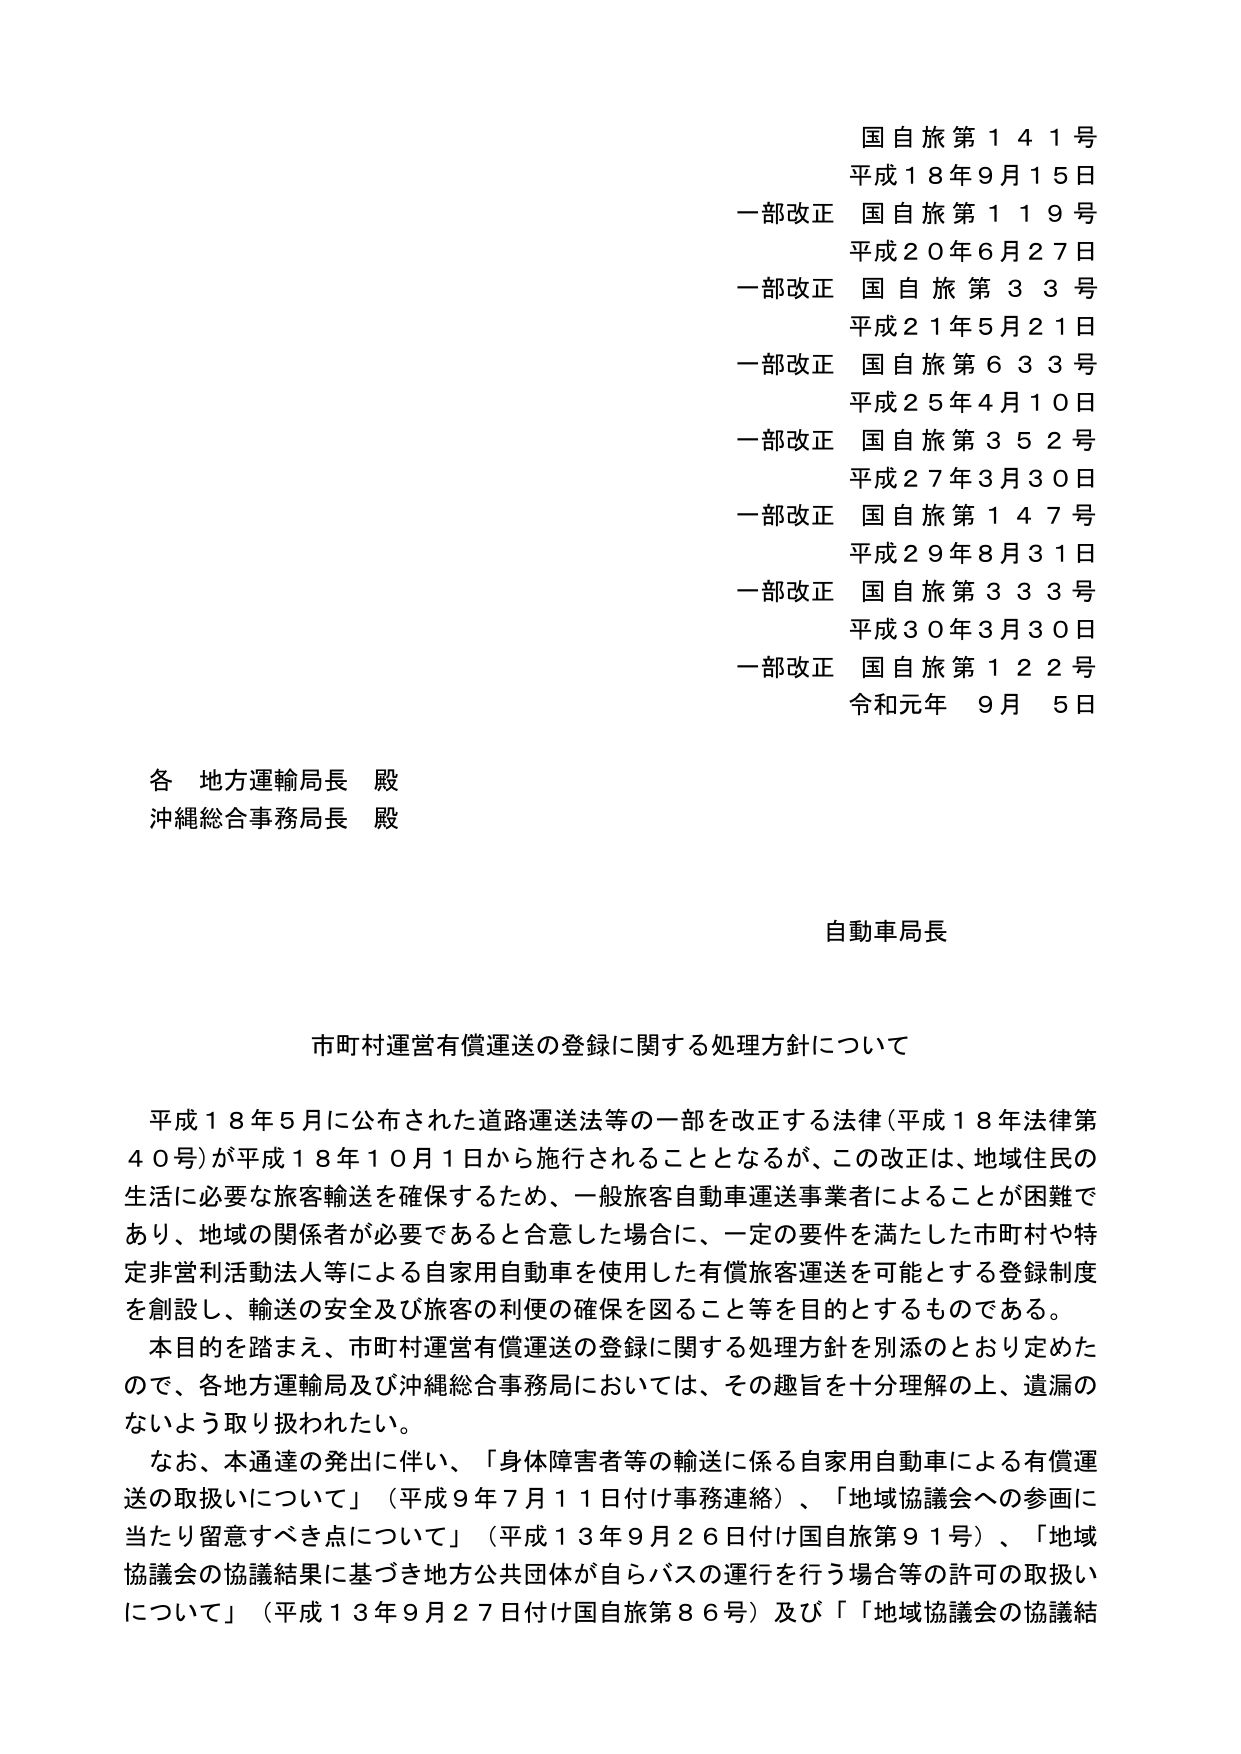
国自旅第141号
平成18年9月15日
一部改正 国自旅第119号
平成20年6月27日
一部改正 国自旅第33号
平成21年5月21日
一部改正 国自旅第633号
平成25年4月10日
一部改正 国自旅第352号
平成27年3月30日
一部改正 国自旅第147号
平成29年8月31日
一部改正 国自旅第333号
平成30年3月30日
一部改正 国自旅第122号
令和元年 9月 5日

各 地方運輸局長 殿
沖縄総合事務局長 殿

自動車局長

市町村運営有償運送の登録に関する処理方針について

平成18年5月に公布された道路運送法等の一部を改正する法律（平成18年法律第40号）が平成18年10月1日から施行されることとなるが、この改正は、地域住民の生活に必要な旅客輸送を確保するため、一般旅客自動車運送事業者によることが困難であり、地域の関係者が必要であると合意した場合に、一定の要件を満たした市町村や特定非営利活動法人等による自家用自動車を使用した有償旅客運送を可能とする登録制度を創設し、輸送の安全及び旅客の利便の確保を図ること等を目的とするものである。

本目的を踏まえ、市町村運営有償運送の登録に関する処理方針を別添のとおり定めたので、各地方運輸局及び沖縄総合事務局においては、その趣旨を十分理解の上、遺漏のないよう取り扱われたい。

なお、本通達の発出に伴い、「身体障害者等の輸送に係る自家用自動車による有償運送の取扱いについて」（平成9年7月11日付け事務連絡）、「地域協議会への参画に当たり留意すべき点について」（平成13年9月26日付け国自旅第91号）、「地域協議会の協議結果に基づき地方公共団体が自らバスの運行を行う場合等の許可の取扱いについて」（平成13年9月27日付け国自旅第86号）及び「地域協議会の協議結